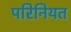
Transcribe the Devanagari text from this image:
परिनियत